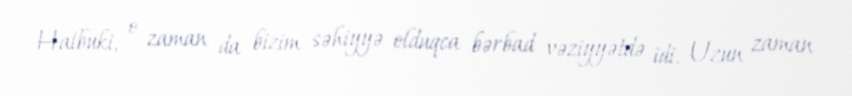
Halbuki, o zaman da bizim səhiyyə olduqca bərbad vəziyyətdə idi. Uzun zaman